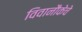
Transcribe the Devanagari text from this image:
विवानौकेचे